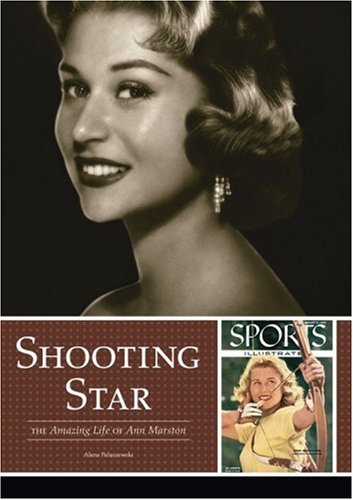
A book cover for Shooting Star: The Amazing Life of Ann Marston; Alana Paluszewski; Sports & Outdoors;